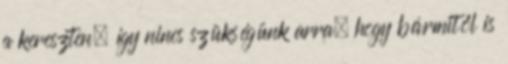
a kereszten, így nincs szükségünk arra, hogy bármitől is